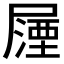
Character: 𭕵